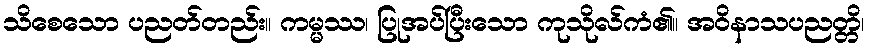
သိစေသော ပညတ်တည်း။ ကမ္မဿ၊ ပြုအပ်ပြီးသော ကုသိုလ်ကံ၏။ အဝိနာသပညတ္တိ၊